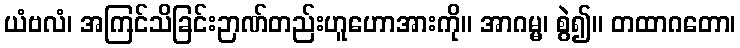
ယံဗလံ၊ အကြင်သိခြင်းဉာဏ်တည်းဟူဟောအားကို။ အာဂမ္မ၊ စွဲ၍။ တထာဂတော၊